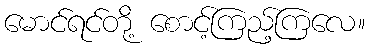
မောင်ရင်တို့ စောင့်ကြည့်ကြလေ။